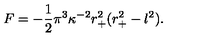
F = - \frac { 1 } { 2 } \pi ^ { 3 } \kappa ^ { - 2 } r _ { + } ^ { 2 } ( r _ { + } ^ { 2 } - l ^ { 2 } ) .